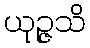
ယုဉ္ဇသိ